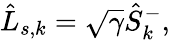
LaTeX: \hat{L}_{s,k}=\sqrt{\gamma}\hat{S}_{k}^{-},